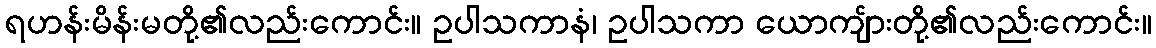
ရဟန်းမိန်းမတို့၏လည်းကောင်း။ ဥပါသကာနံ၊ ဥပါသကာ ယောကျ်ားတို့၏လည်းကောင်း။